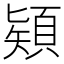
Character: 𩓙